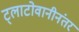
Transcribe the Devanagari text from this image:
ट्लाटोवानीनंतर